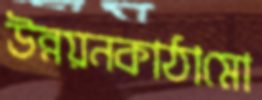
উন্নয়নকাঠামো